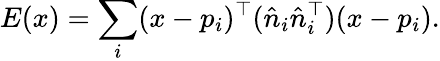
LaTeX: E(x)=\sum_{i}(x-p_{i})^{\top}({\hat{n}}_{i}{\hat{n}}_{i}^{\top})(x-p_{i}).